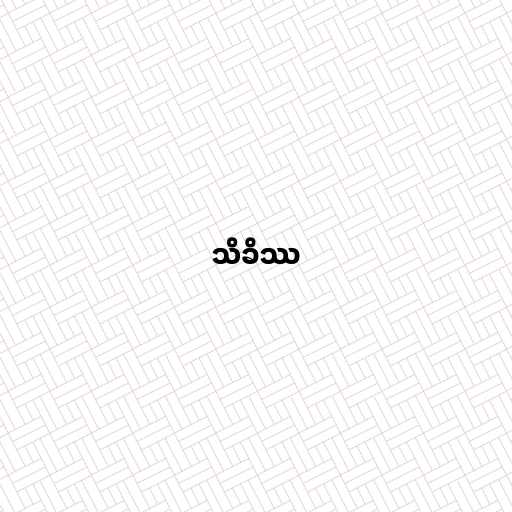
သိခိဿ